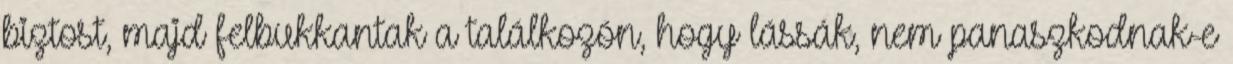
biztost, majd felbukkantak a találkozón, hogy lássák, nem panaszkodnak-e